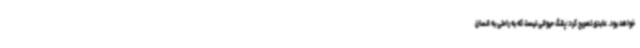
خواهد بود. عابدی تصریح کرد: پلنگ حیوانی نیست که به راحتی به انسان